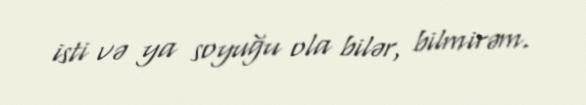
isti və ya soyuğu ola bilər, bilmirəm.